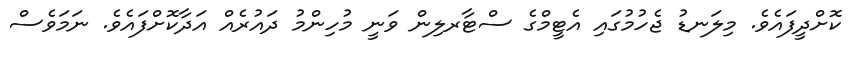
ކޮށްދީފައެވެ. މިލަނޑު ޖެހުމުގައި އެޓީމްގެ ސްޓާރލިން ވަނީ މުހިންމު ދައުރެއް އަދާކޮށްފައެވެ. ނަމަވެސް